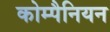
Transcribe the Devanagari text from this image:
कोम्पैनियन